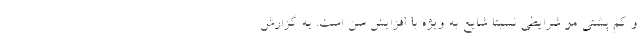
و کم پشتی مو شرایطی نسبتا شایع به ویژه با افزایش سن است. به گزارش